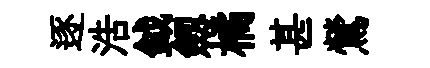
逐浩鉞劔橘甚鶯